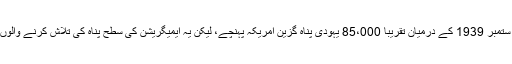
مارچ 1938 اور ستمبر 1939 کے درمیان تقریبا 85،000 یہودی پناہ گزین امریکہ پہنچے، لیکن یہ ایمیگریشن کی سطح پناہ کی تلاش کرنے والوں سے بہت کم تھی۔